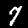
Digit: 7